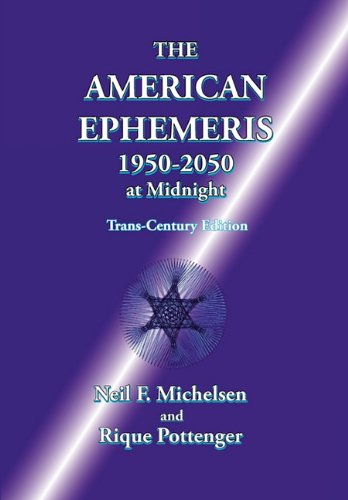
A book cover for The American Ephemeris 1950-2050 at Midnight; Neil F. Michelsen; Religion & Spirituality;